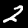
Digit: 2